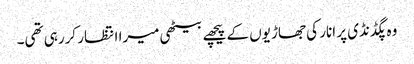
وہ پگڈنڈی پر انار کی جھاڑیوں کے پیچھے بیٹھی میرا انتظار کررہی تھی۔